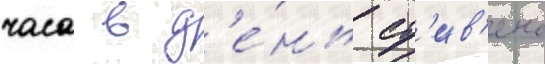
часа в д'е́нь ст'ив'енс